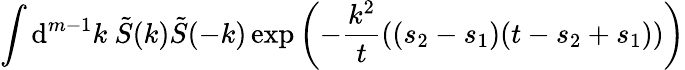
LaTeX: \int\mathrm{d}^{m-1}k\ \tilde{{S}}(k)\tilde{{S}}(-k)\exp\left(-\frac{{k^{2}}}{{t}}((s_{2}-s_{1})(t-s_{2}+s_{1}))\right)